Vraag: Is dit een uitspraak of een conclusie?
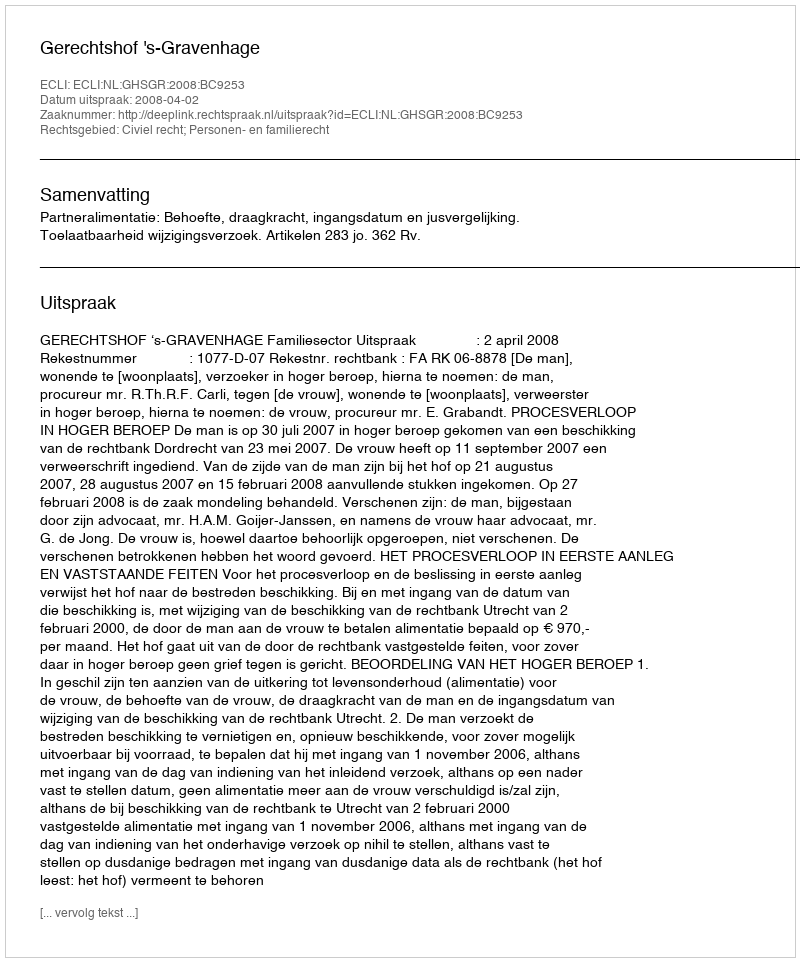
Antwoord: Uitspraak